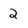
Character: 2